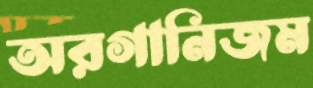
অরগানিজম